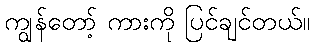
ကျွန်တော့် ကားကို ပြင်ချင်တယ်။